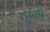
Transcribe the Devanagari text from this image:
तूत्सी